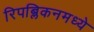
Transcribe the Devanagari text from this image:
रिपब्लिकनमध्ये